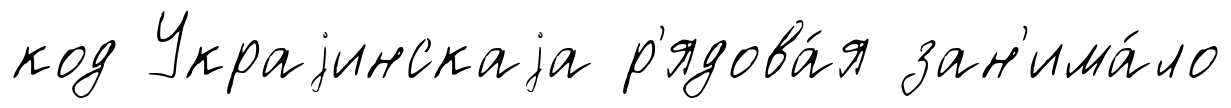
код Украjинскаjа р'ядова́я зан'има́ло